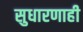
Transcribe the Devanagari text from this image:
सुधारणाही